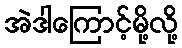
အဲဒါကြောင့်မို့လို့